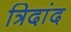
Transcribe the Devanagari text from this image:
त्रिदांद